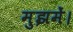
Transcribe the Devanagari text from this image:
मुझमें।